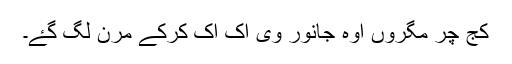
کج چر مگروں اوہ جانور وی اک اک کرکے مرن لگ گۓ۔